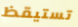
تستيقظ